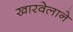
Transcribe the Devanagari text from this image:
खारवेलाने